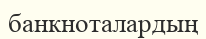
банкноталардың